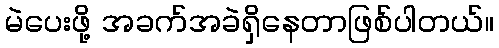
မဲပေးဖို့ အခက်အခဲရှိနေတာဖြစ်ပါတယ်။